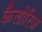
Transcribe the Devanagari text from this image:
कैलोरिज